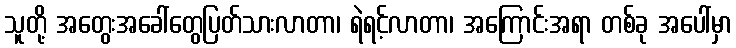
သူတို့ အတွေးအခေါ်တွေပြတ်သားလာတာ၊ ရဲရင့်လာတာ၊ အကြောင်းအရာ တစ်ခု အပေါ်မှာ